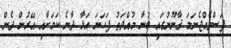
ފަސްވެއްޖެނަމަ ޤާނޫނުގައި ބުނާ މުއްދަތު ފަހަނަ އަޅާ ދާނެ ކަމަށާއި އޭރުން ދެން